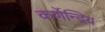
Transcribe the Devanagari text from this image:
कर्णेन्द्रिय